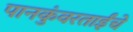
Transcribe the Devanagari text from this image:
पानकुंवरताईंचे